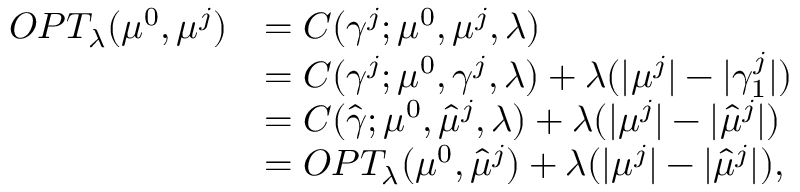
\begin{array} { r l } { O P T _ { \lambda } ( \mu ^ { 0 } , \mu ^ { j } ) } & { = C ( \gamma ^ { j } ; \mu ^ { 0 } , \mu ^ { j } , \lambda ) } \\ & { = C ( \gamma ^ { j } ; \mu ^ { 0 } , \gamma ^ { j } , \lambda ) + \lambda ( | \mu ^ { j } | - | \gamma _ { 1 } ^ { j } | ) } \\ & { = C ( \hat { \gamma } ; \mu ^ { 0 } , \hat { \mu } ^ { j } , \lambda ) + \lambda ( | \mu ^ { j } | - | \hat { \mu } ^ { j } | ) } \\ & { = O P T _ { \lambda } ( \mu ^ { 0 } , \hat { \mu } ^ { j } ) + \lambda ( | \mu ^ { j } | - | \hat { \mu } ^ { j } | ) , } \end{array}